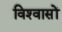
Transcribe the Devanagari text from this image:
विश्‍वासों